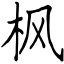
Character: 枫